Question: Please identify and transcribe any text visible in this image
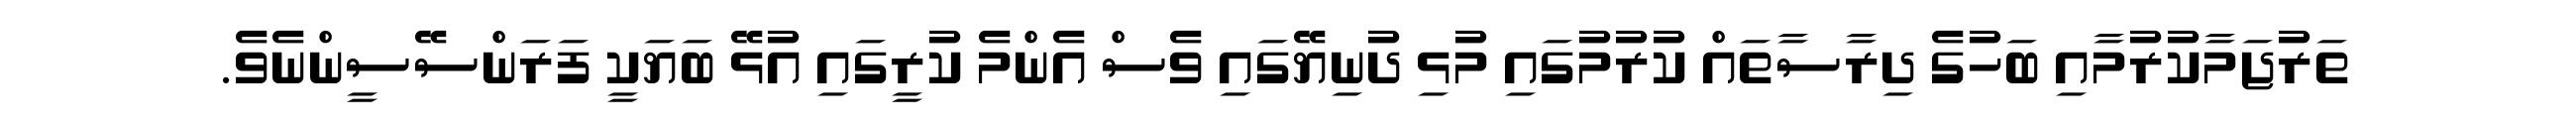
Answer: ތަރުޖަމާކުރުމާއި ބަހުގެ ދިރާސާތައް ކުރުމުގައި މުޅި ދުނިޔޭގައި ވެސް އެންމެ ކުރީގައި އުޅޭ ބަޔަކީ ފަރަންސޭސީންނެވެ.